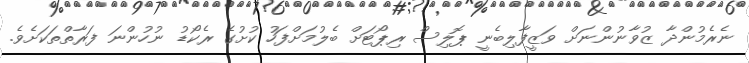
ނެރެމުންދާ ޒުވާނުންނަށް ވަޒީފާލިބެނީ ޕޮލިސް ރިޕޯޓަށް ބެލުމަށްފަހު ކުށުގެ ރެކޯޑު ނުހުންނަ ފަރާތްތަކަށެވެ.